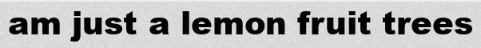
am just a lemon fruit trees